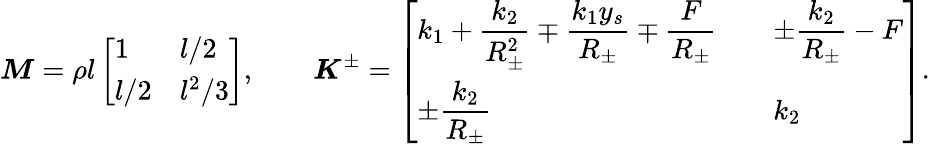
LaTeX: \boldsymbol{M}=\rho l\left[\begin{array}{ll}{1}&{l/2}\\ {l/2}&{l^{2}/3}\end{array}\right],\qquad\boldsymbol{K}^{\pm}=\left[\begin{array}{ll}{\displaystyle k_{1}+\frac{k_{2}}{R_{\pm}^{2}}\mp\frac{k_{1}y_{s}}{R_{\pm}}\mp\frac{F}{R_{\pm}}\quad}&{\displaystyle\pm\frac{k_{2}}{R_{\pm}}-F}\\ {\displaystyle\pm\frac{k_{2}}{R_{\pm}}}&{k_{2}}\end{array}\right].